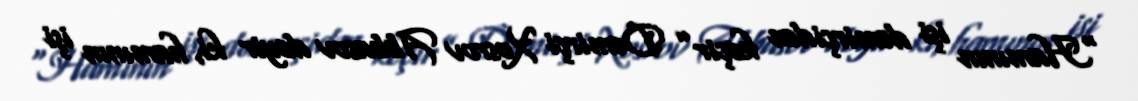
“Hamının işi dəmirçidən keçir” Dəmirçi Xosrov Abbasov deyir ki, hamının işi